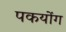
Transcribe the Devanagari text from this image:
पकयोंग